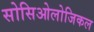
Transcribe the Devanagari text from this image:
सोसिओलोजिकल